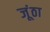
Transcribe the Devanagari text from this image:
जूंठा